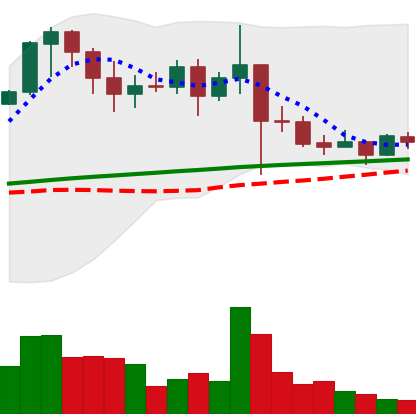
Ticker: XRP-USD
Chart end date: 2021-03-02
Forward return: 6.874%
Label: up_5_7